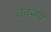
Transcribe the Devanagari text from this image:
तबजब